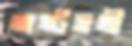
অষ্টসখী